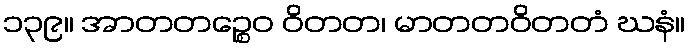
၁၃၉။ အာတတဉ္စေဝ ဝိတတ၊ မာတတဝိတတံ ဃနံ။